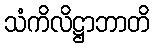
သံကိလိဋ္ဌာဘာတိ